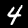
Label: 4